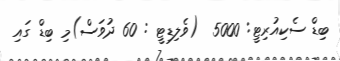
ބިޑް ސެކިއުރިޓީ: 5000  (ވެލިޑިޓީ : 60 ދުވަސް)މި ބިޑް ގައި